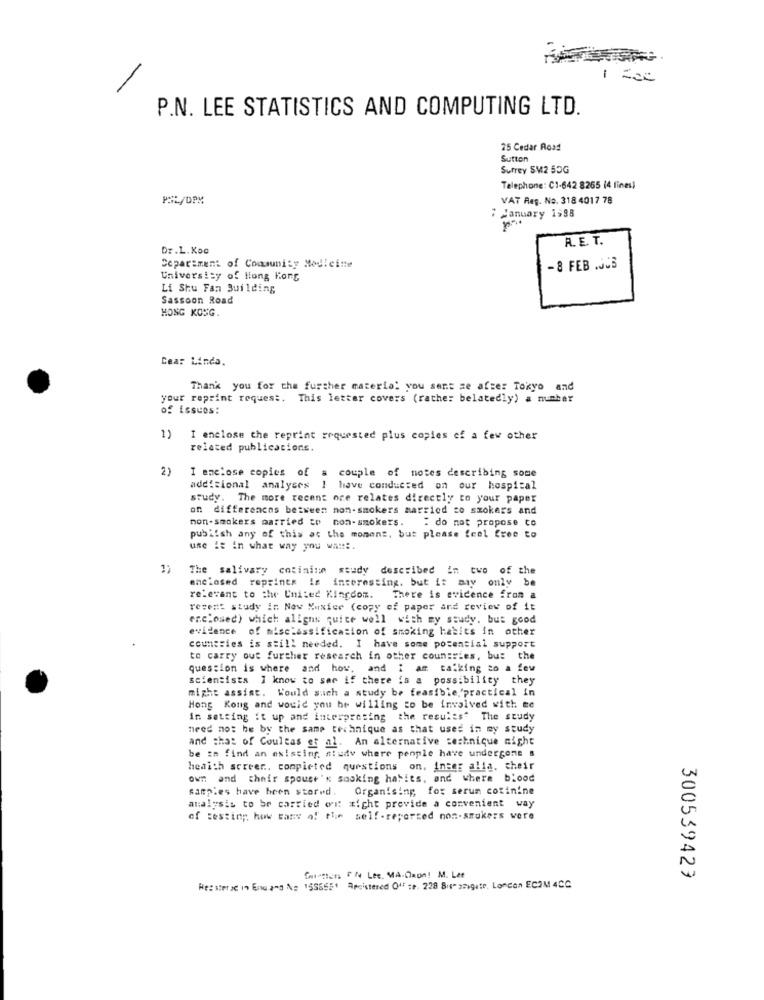
-
P.N. LEE STATISTICS AND COMPUTING LTD.
25 Cedar Road
Sutton
Surrey SM2 5OG
Telephone: C1-642 8265 (4 lines)
PSL/DPX
VAT Reg. No. 318 4017 78
; January 1998
R. E. T.
Dr.L.Koo
Department of Community Medicine
-8 FEB .JUS
University of Hong Kong
Li Shu Fan Building
Sassoon Road
HONG KONG.
Cear Linda.
Thank you for the further materia: you sent ze after Tokyo and
your reprint request. This letter covers (rather belatedly) a number
of issues:
1)
I enclose the reprint requested plus copies of a few other
related publications.
2)
I enclose copies of a couple of notes describing some
additional analyses I have conducted on our hospital
study. The more recent ore relates directly to your paper
on differences between non-smokers married co szokers and
non-smokers married to non-smokers.
:do not propose to
publish any of this at the moment, but please feel free to
une it in what way you want :.
The salivary cotininn study described in two of the
enclosed reprints is interesting, but it may only be
relevant to the United Kingdom.
There is evidence from a
recent study in Now Nexice (copy of paper and review of it
erclosed) which aligns quite well with my study. but good
evidence of misclassification of smoking habits in other
countries is still needed. I have some potential support
to carry out further research in other countries, bus the
question is where and how, and i am talking to a few
scientists ] know to sar if there is a possibility they
might assist. Would such a study be feasible,'practical in
Hong Kong and would you be willing to be involved with te
in setting it up and interpreting the results" The study
need no: he by the same technique as that used in my study
and that of Coultas ef al. An alternative technique might
be is find an existing, niudy where people have undergone &
heaith screer ., completed questions on. Inter alia, cheir
own and their spouse's smoking habits, and where blood
samples have been stored. Organising for serum cotinine
analysis to be carried off might provide a convenient way
of Resting how many of the self-reported non-smokers were
fotetters FI Les. MA-Capn! M. Let
300539423
Re: sierad in England No 1556581 Arcistered Off ce. 228 81" >Rigate, London ECOM 4CC